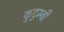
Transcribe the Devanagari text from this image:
कुटुम्बी